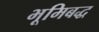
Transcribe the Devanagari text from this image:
भूमिबद्ध